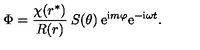
\Phi = \frac { \chi ( r ^ { * } ) } { R ( r ) } \: S ( \theta ) \: \mathrm { e } ^ { \mathrm { \scriptsize i } m \varphi } \mathrm { e } ^ { - \mathrm { \scriptsize i } \omega t } .